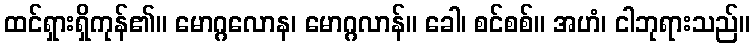
ထင်ရှားရှိကုန်၏။ မောဂ္ဂလောန၊ မောဂ္ဂလာန်။ ခေါ၊ စင်စစ်။ အဟံ၊ ငါဘုရားသည်။